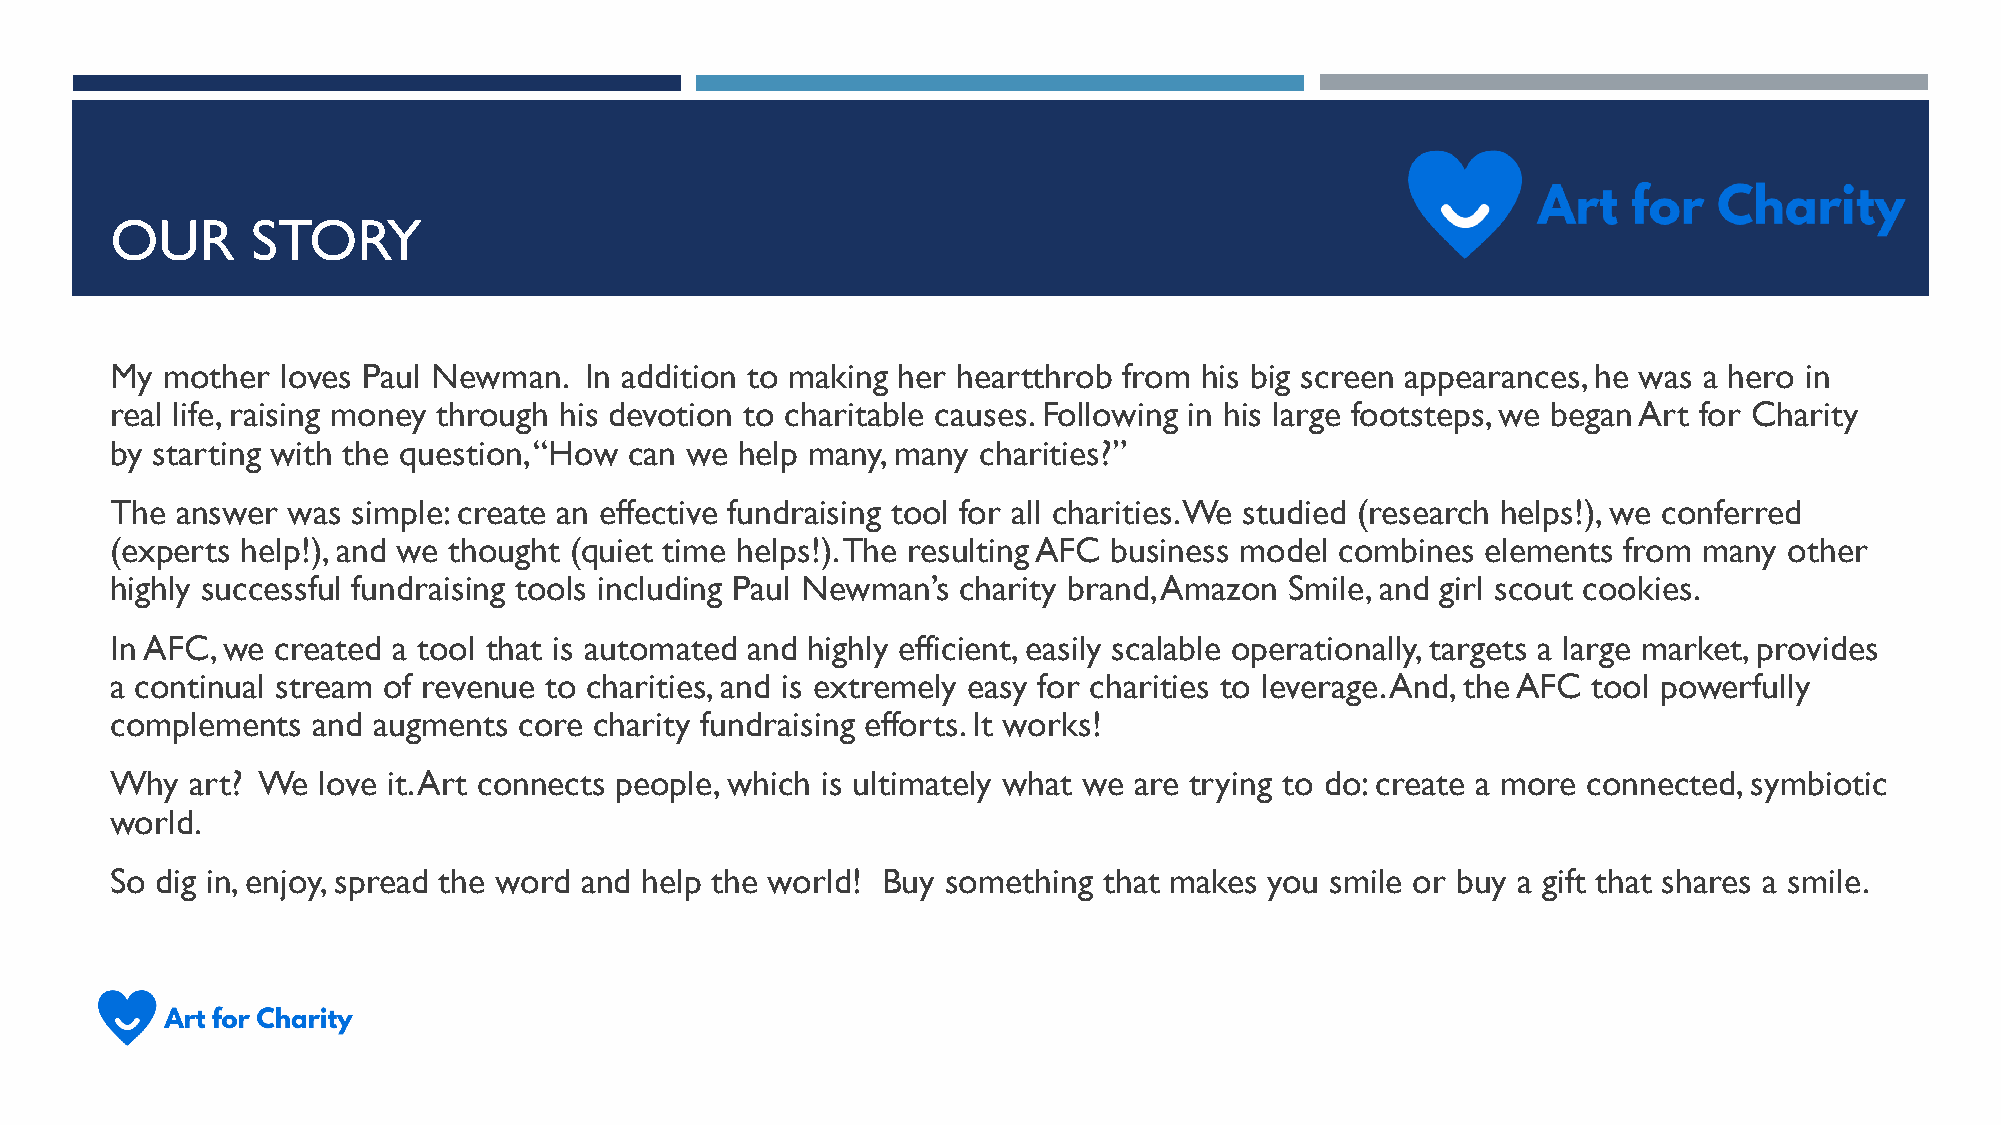
OUR       STORY
 My  mother  loves Paul Newman.  In addition to making her heartthrob from his big screen appearances, he was a hero in
 real life, raising money through his devotion to charitable causes.Following in his large footsteps, we began Art for Charity
 by starting with the question, “How can we help many, many charities?”
 The  answer was simple: create an effective fundraising tool for all charities. We studied (research helps!), we conferred
 (experts help!), and we thought (quiet time helps!).The resulting AFC business model combines elements from many other
 highly successful fundraising tools including Paul Newman’s charity brand, Amazon Smile, and girl scout cookies.
 In AFC, we created a tool that is automated and highly efficient, easily scalable operationally, targets a large market, provides
 a continual stream of revenue to charities, and is extremely easy for charities to leverage. And, the AFC tool powerfully
 complements   and augments core charity fundraising efforts. It works!
 Why   art? We love it. Art connects people, which is ultimately what we are trying to do: create a more connected, symbiotic
 world.
 So dig in, enjoy, spread the word and help the world! Buy something that makes you smile or buy a gift that shares a smile.